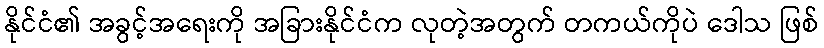
နိုင်ငံ၏ အခွင့်အရေးကို အခြားနိုင်ငံက လုတဲ့အတွက် တကယ်ကိုပဲ ဒေါသ ဖြစ်